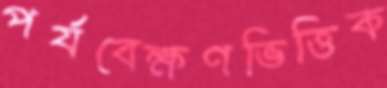
পর্যবেক্ষণভিত্তিক